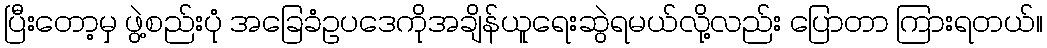
ပြီးတော့မှ ဖွဲ့စည်းပုံ အခြေခံဥပဒေကိုအချိန်ယူရေးဆွဲရမယ်လို့လည်း ပြောတာ ကြားရတယ်။